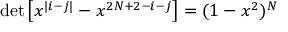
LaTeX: \operatorname * { d e t } \left[ x ^ { | i - j | } - x ^ { 2 N + 2 - i - j } \right] = ( 1 - x ^ { 2 } ) ^ { N }